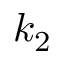
k _ { 2 }